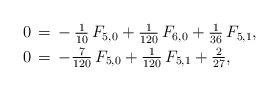
LaTeX: \begin{align*}\aligned0&\,=\,-\,\tfrac{1}{10}\,F_{5,0}+\tfrac{1}{120}\,F_{6,0}+\tfrac{1}{36}\,F_{5,1},\\0&\,=\,-\tfrac{7}{120}\,F_{5,0}+\tfrac{1}{120}\,F_{5,1}+\tfrac{2}{27},\endaligned\end{align*}